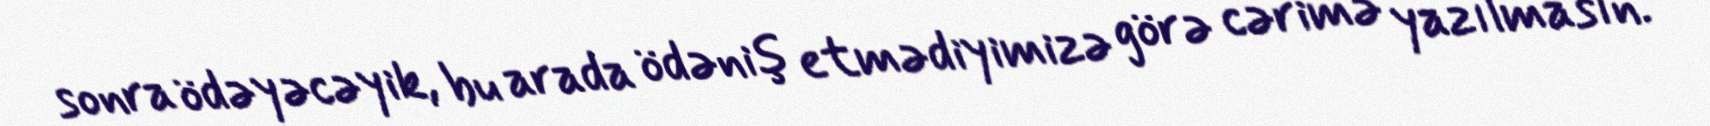
sonra ödəyəcəyik, bu arada ödəniş etmədiyimizə görə cərimə yazılmasın.